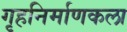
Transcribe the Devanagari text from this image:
गृहनिर्माणकला